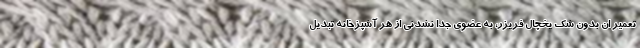
تعمیر ان بدون شک یخچال فریزر، به عضوی جدا نشدنی از هر آشپزخانه تبدیل